Report of the Indian Hemp Drugs Commission, 1894-1895 - Volume V
Year: 1894
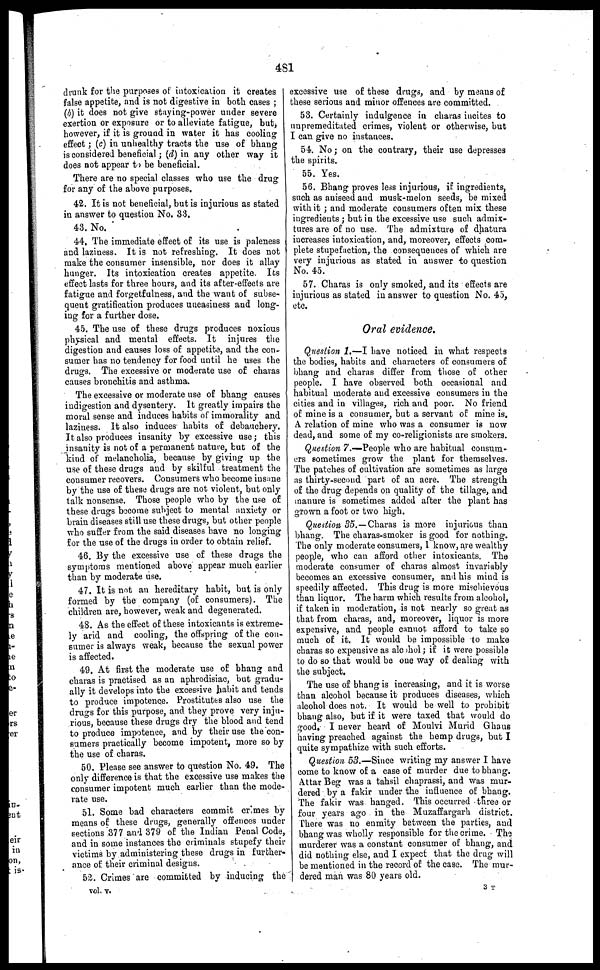
481
drunk for the purposes of intoxication it creates
false appetite, and is not digestive in both cases ;
(b) it does not give staying-power under severe
exertion or exposure or to alleviate fatigue, but ,
however, if it is grouad in water it has cooling
effect ; (c) in unhealthy tracts the use of bhang
is considered beneficial ; (d) in any other way it
does not appear to be beneficial.
There are no special classes who use the drug
for any of the above purposes.
42. It is not beneficial, but is injurious as stated
in answer to question No. 33.
43. No.
44. The immediate effect of its use is paleness
and laziness. It is not refreshing. It does not
make the consumer insensible, nor does it allay
hunger. Its intoxication creates appetite. Its
effect lasts for three hours, and its after-effects are
fatigue and forgetfulness, and the want of subse-
quent gratification produces uneasiness and long-
ing for a further dose.
45. The use of these drugs produces noxious
physical and mental effects. It injures the
digestion and causes loss of appetite, and the con-
sumer has no tendency for food until he uses the
drugs. The excessive or moderate use of charas
causes bronchitis and asthma.
The excessive or moderate use of bhang causes
indigestion and dysentery. It greatly impairs the
moral sense and induces habits of immorality and
laziness. It also induces habits of debauchery.
It also produces insanity by excessive use; this
insanity is not of a permanent nature, but of the
kind of melancholia, because by giving up the
use of these drugs and by skilful treatment the
consumer recovers. Consumers who become insane
by the use of these drugs are not violent, but only
talk nonsense. Those people who by the use of
these drugs become subject to mental anxiety or
brain diseases still use these drugs, but other people
who suffer from the said diseases have no longing
for the use of the drugs in order to obtain relief.
46. By the excessive use of these drags the
symptoms mentioned above appear much earlier
than by moderate use.
47. It is not an hereditary habit, but is only
formed by the company (of consumers). The
children are, however, weak and degenerated.
48. As the effect of these intoxicants is extreme-
ly arid and cooling, the offspring of the con-
sumer is always weak, because the sexual power
is affected.
49. At first the moderate use of bhang and
charas is practised as an aphrodisiac, but gradu-
ally it develops into the excessive habit and tends
to produce impotence. Prostitutes also use the
drugs for this purpose, and they prove very inju-
rious, because these drugs dry the blood and tend
to produce impotence, and by their use the con-
sumers practically become impotent, more so by
the use of charas.
50. Please see answer to question No. 49. The
only difference is that the excessive use makes the
consumer impotent much earlier than the mode-
rate use.
51. Some bad characters commit crimes by
means of these drugs, generally offences under
sections 377 and 379 of the Indian Penal Code,
and in some instances the criminals stupefy their
victims by administering these drugs in further-
ance of their criminal designs.
52. Crimes are committed by inducing the
vol. v.
excessive use of these drugs, and by means of
these serious and minor offences are committed.
53. Certainly indulgence in charas incites to
unpremeditated crimes, violent or otherwise, but
I can give no instances.
54. No ; on the contrary , their use depresses
the spirits.
55. Yes.
56. Bhang proves less injurious, if ingredients,
such as aniseed and musk-melon seeds, be mixed
with it ; and moderate cousumers often mix these
ingredients ; but in the excessive use such admix-
tures are of no use. The admixture of dhatura
increases intoxication, and, moreover, effects com-
plete stupefaction, the consequences of which are
very injurious as stated in answer to question
No. 45.
57. Charas is only smoked, and its effects are
injurious as stated in answer to question No. 45,
etc.
Oral evidence.
Question 1.— I have noticed in what respects
the bodies, habits and characters of consumers of
bhang and charas differ from those of other
people. I have observed both occasional and
habitual moderate and excessive consumers in the
cities and in villages, rich and poor. No friend
of mine is a consumer, but a servant of mine is.
A relation of mine who was a consumer is now
dead, and some of my co-religionists are smokers.
Question 7.—People who are habitual consum-
ers sometimes grow the plant for themselves.
The patches of cultivation are sometimes as large
as thirty-second part of an acre. The strength
of the drug depends on quality of the tillage, and
manure is sometimes added after the plant has
grown a foot or two high.
Question 35.— Charas is more injurious than
bhang. The charas-smoker is good for nothing.
The only moderate consumers, I know, are wealthy
people, who can afford other intoxicants. The
moderate consumer of charas almost invariably
becomes an excessive consumer, and his mind is
speedily affected. This drug is more mischievous
than liquor. The harm which results from alcohol,
if taken in moderation, is not nearly so great as
that from charas, and, moreover, liquor is more
expensive, and people cannot afford to take so
much of it. It would be impossible to make
charas so expensive as alcohol; if it were possible
to do so that would be one way of dealing with
the subject.
The use of bhang is increasing, and it is worse
than alcohol because it produces diseases, which
alcohol does not. It would be well to prohibit
bhang also, but if it were taxed that would do
good, I never heard of Moulvi Murid Ghaus
having preached against the hemp drugs, but I
quite sympathize with such efforts.
Question 53.—Since writing my answer I have
come to know of a case of murder due to bhang.
Attar Beg was a tahsil chaprassi, and was mur-
dered by a fakir under the influence of bhang.
The fakir was hanged. This occurred three or
four years ago in the Muzaffargarh district.
There was no enmity between the parties , and
bhang was wholly responsible for the crime. The
murderer was a constant consumer of bhang, and
did nothing else, and I expect that the drug will
be mentioned in the record of the case. The mur-
dered man was 80 years old.
3 T